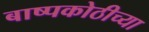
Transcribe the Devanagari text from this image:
बाष्पकोठीच्या